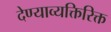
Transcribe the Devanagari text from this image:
देण्याव्यक्तिरिक्त